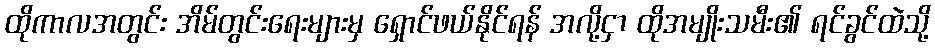
ထိုကာလအတွင်း အိမ်တွင်းရေးများမှ ရှောင်ဖယ်နိုင်ရန် အလို့ငှာ ထိုအမျိုးသမီး၏ ရင်ခွင်ထဲသို့